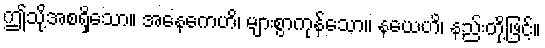
ဤသို့အစရှိသော။ အနေကေဟိ၊ များစွာကုန်သော။ နယေဟိ၊ နည်းတို့ဖြင့်။